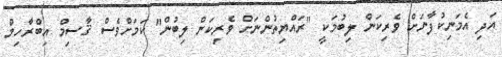
އަދި އެމަނިކުފާނަށް ވެރިކަން ލިބުމަކީ "ރައްޔިތުންނަށް ވެރިކަން ލިބުން" ކަމަށްވެސް ޤާސިމް އިބްރާހިމް